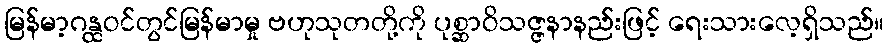
မြန်မာ့ဂန္ထဝင်တွင်မြန်မာမှု ဗဟုသုတတို့ကို ပုစ္ဆာဝိသဇ္ဇနာနည်းဖြင့် ရေးသားလေ့ရှိသည်။